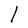
Character: l